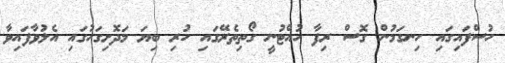
ހުސްފައިގައި ހިނގަމުން ގޮސް ރިފާ ހުއްޓުނީ ގޯތިތެރޭގައި ހުރި ބިޔަ މަދޮށިގަހުގައި އެލުވާފައިވާ